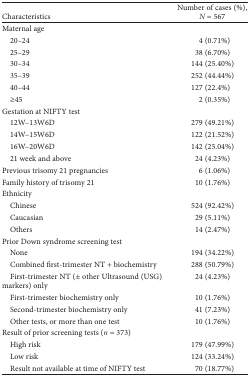
<table><thead><tr><td><b>Characteristics</b></td><td><b>Number of cases (%), <i>N</i> = 567</b></td></tr></thead><tbody><tr><td colspan="2">Maternal age</td></tr><tr><td> 20–24</td><td>4 (0.71%)</td></tr><tr><td> 25–29</td><td>38 (6.70%)</td></tr><tr><td> 30–34</td><td>144 (25.40%)</td></tr><tr><td> 35–39</td><td>252 (44.44%)</td></tr><tr><td> 40–44</td><td>127 (22.4%)</td></tr><tr><td> ≥45</td><td>2 (0.35%)</td></tr><tr><td colspan="2">Gestation at NIFTY test</td></tr><tr><td> 12W–13W6D</td><td>279 (49.21%)</td></tr><tr><td> 14W–15W6D</td><td>122 (21.52%)</td></tr><tr><td> 16W–20W6D</td><td>142 (25.04%)</td></tr><tr><td> 21 week and above</td><td>24 (4.23%)</td></tr><tr><td>Previous trisomy 21 pregnancies</td><td>6 (1.06%)</td></tr><tr><td>Family history of trisomy 21</td><td>10 (1.76%)</td></tr><tr><td colspan="2">Ethnicity</td></tr><tr><td> Chinese</td><td>524 (92.42%)</td></tr><tr><td> Caucasian</td><td>29 (5.11%)</td></tr><tr><td> Others</td><td>14 (2.47%)</td></tr><tr><td>Prior Down syndrome screening test</td><td></td></tr><tr><td> None</td><td>194 (34.22%)</td></tr><tr><td> Combined first-trimester NT + biochemistry</td><td>288 (50.79%)</td></tr><tr><td> First-trimester NT (± other Ultrasound (USG) markers) only</td><td>24 (4.23%)</td></tr><tr><td> First-trimester biochemistry only</td><td>10 (1.76%)</td></tr><tr><td> Second-trimester biochemistry only</td><td>41 (7.23%)</td></tr><tr><td> Other tests, or more than one test</td><td>10 (1.76%)</td></tr><tr><td colspan="2">Result of prior screening tests (<i>n</i> = 373)</td></tr><tr><td> High risk</td><td>179 (47.99%)</td></tr><tr><td> Low risk</td><td>124 (33.24%)</td></tr><tr><td> Result not available at time of NIFTY test</td><td>70 (18.77%)</td></tr></tbody></table>